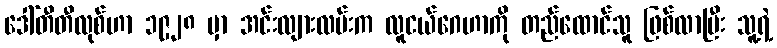
ဒေါ်တီတီလုစ်ဟာ ၁၉၂၈ မှာ အင်းလျားလမ်းက လူငယ်ဂေဟာကို တည်ထောင်သူ ဖြစ်လာပြီး သူ့ရဲ့